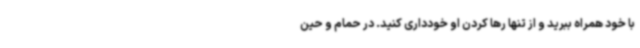
با خود همراه ببرید و از تنها رها کردن او خودداری کنید. در حمام و حین